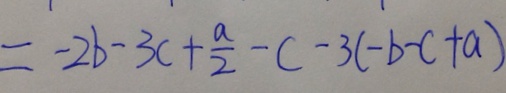
= - 2 b - 3 c + \frac { a } { 2 } - c - 3 ( - b - c + a )